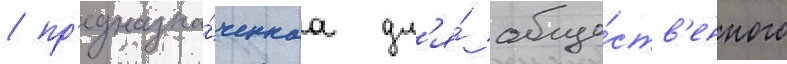
/ пр'едназна́ченнаа дл'я́ обще́ств'енного